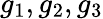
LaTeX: g_{1},g_{2},g_{3}